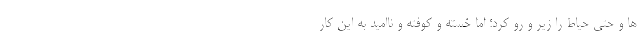
ها و حتی حیاط را زیر و رو کرد؛ اما خسته و کوفته و ناامید به این کار